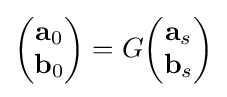
{\begin{pmatrix}{\textbf {a}}_{0}\\{\textbf {b}}_{0}\end{pmatrix}}=G{\begin{pmatrix}{\textbf {a}}_{s}\\{\textbf {b}}_{s}\end{pmatrix}}